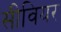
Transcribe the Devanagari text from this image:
सीवियर